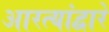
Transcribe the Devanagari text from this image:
आरत्यांद्वारे